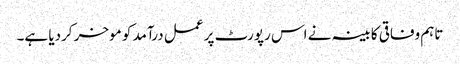
تاہم وفاقی کابینہ نے اس رپورٹ پر عمل درآمد کو موخر کردیا ہے۔